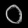
Digit: ၀